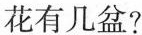
花有几盆?